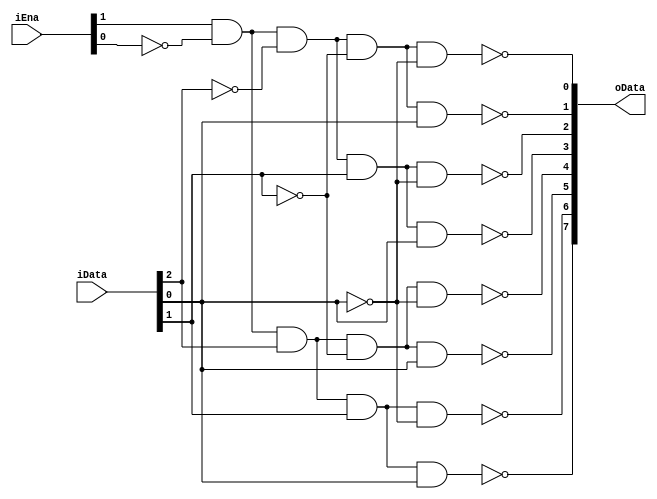
module decoder(
    input [2:0] iData,
    input [1:0] iEna,
    output [7:0] oData
);
    assign oData[0]=~(iEna[1] & ~iEna[0] & ~iData[2] & ~iData[1] & ~iData[0]);
    assign oData[1]=~(iEna[1] & ~iEna[0] & ~iData[2] & ~iData[1] & iData[0]);
    assign oData[2]=~(iEna[1] & ~iEna[0] & ~iData[2] & iData[1] & ~iData[0]);
    assign oData[3]=~(iEna[1] & ~iEna[0] & ~iData[2] & iData[1] & iData[0]);
    assign oData[4]=~(iEna[1] & ~iEna[0] & iData[2] & ~iData[1] & ~iData[0]);
    assign oData[5]=~(iEna[1] & ~iEna[0] & iData[2] & ~iData[1] & iData[0]);
    assign oData[6]=~(iEna[1] & ~iEna[0] & iData[2] & iData[1] & ~iData[0]);
    assign oData[7]=~(iEna[1] & ~iEna[0] & iData[2] & iData[1] & iData[0]);
endmodule